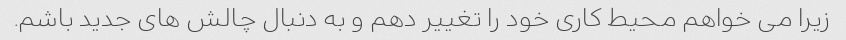
زیرا می خواهم محیط کاری خود را تغییر دهم و به دنبال چالش های جدید باشم.